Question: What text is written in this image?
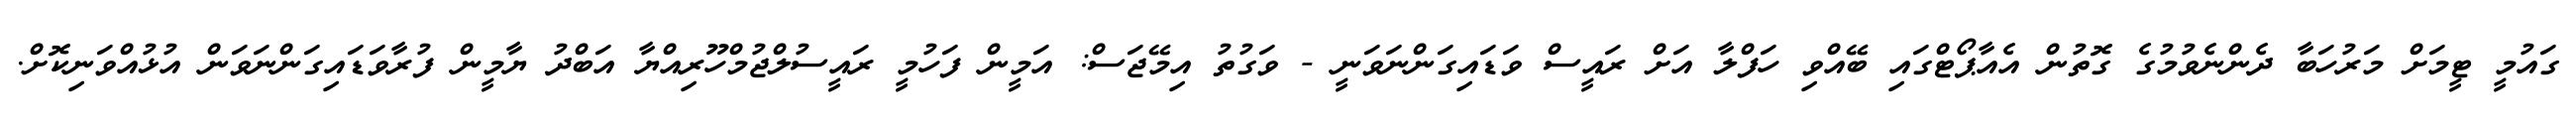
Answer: ގައުމީ ޓީމަށް މަރުހަބާ ދެންނެވުމުގެ ގޮތުން އެއާޕޯޓްގައި ބޭއްވި ހަފްލާ އަށް ރައީސް ވަޑައިގަންނަވަނީ - ވަގުތު އިމޭޖަސް: އަމީން ފަހުމީ ރައީސުލްޖުމްހޫރިއްޔާ އަބްދު ޔާމީން ފުރާވަޑައިގަންނަވަން އުޅުއްވަނިކޮށް.